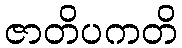
ဇာတိပကတိ